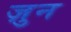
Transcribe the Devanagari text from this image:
ज़ुन